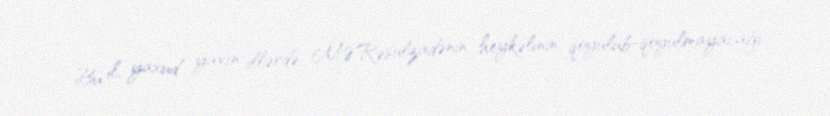
Bu il, yaxud yaxın illərdə M.Ə.Rəsulzadənin heykəlinin qoyulub-qoyulmayacağı